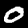
Digit: 0